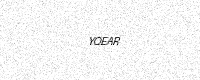
Text: YQEAR